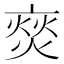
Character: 𮯳